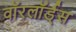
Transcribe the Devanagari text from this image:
वाॅरलाॅर्ड्स